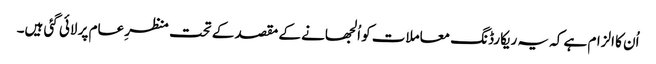
اُن کا الزام ہے کہ یہ ریکارڈنگ معاملات کو اُلجھانے کے مقصد کے تحت منظرِ عام پر لائی گئی ہیں۔